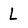
Character: L